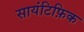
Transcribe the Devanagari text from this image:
सायंटिफ़िक